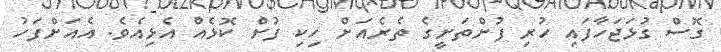
ގޮސް ގުޅަޖަހާފައި ހުރި ފުށްތަށީގެ ތެރެއަށް ހިކި ފުށް ކޮޅެއް އެޅިއެވެ. އެއަށްފަހު